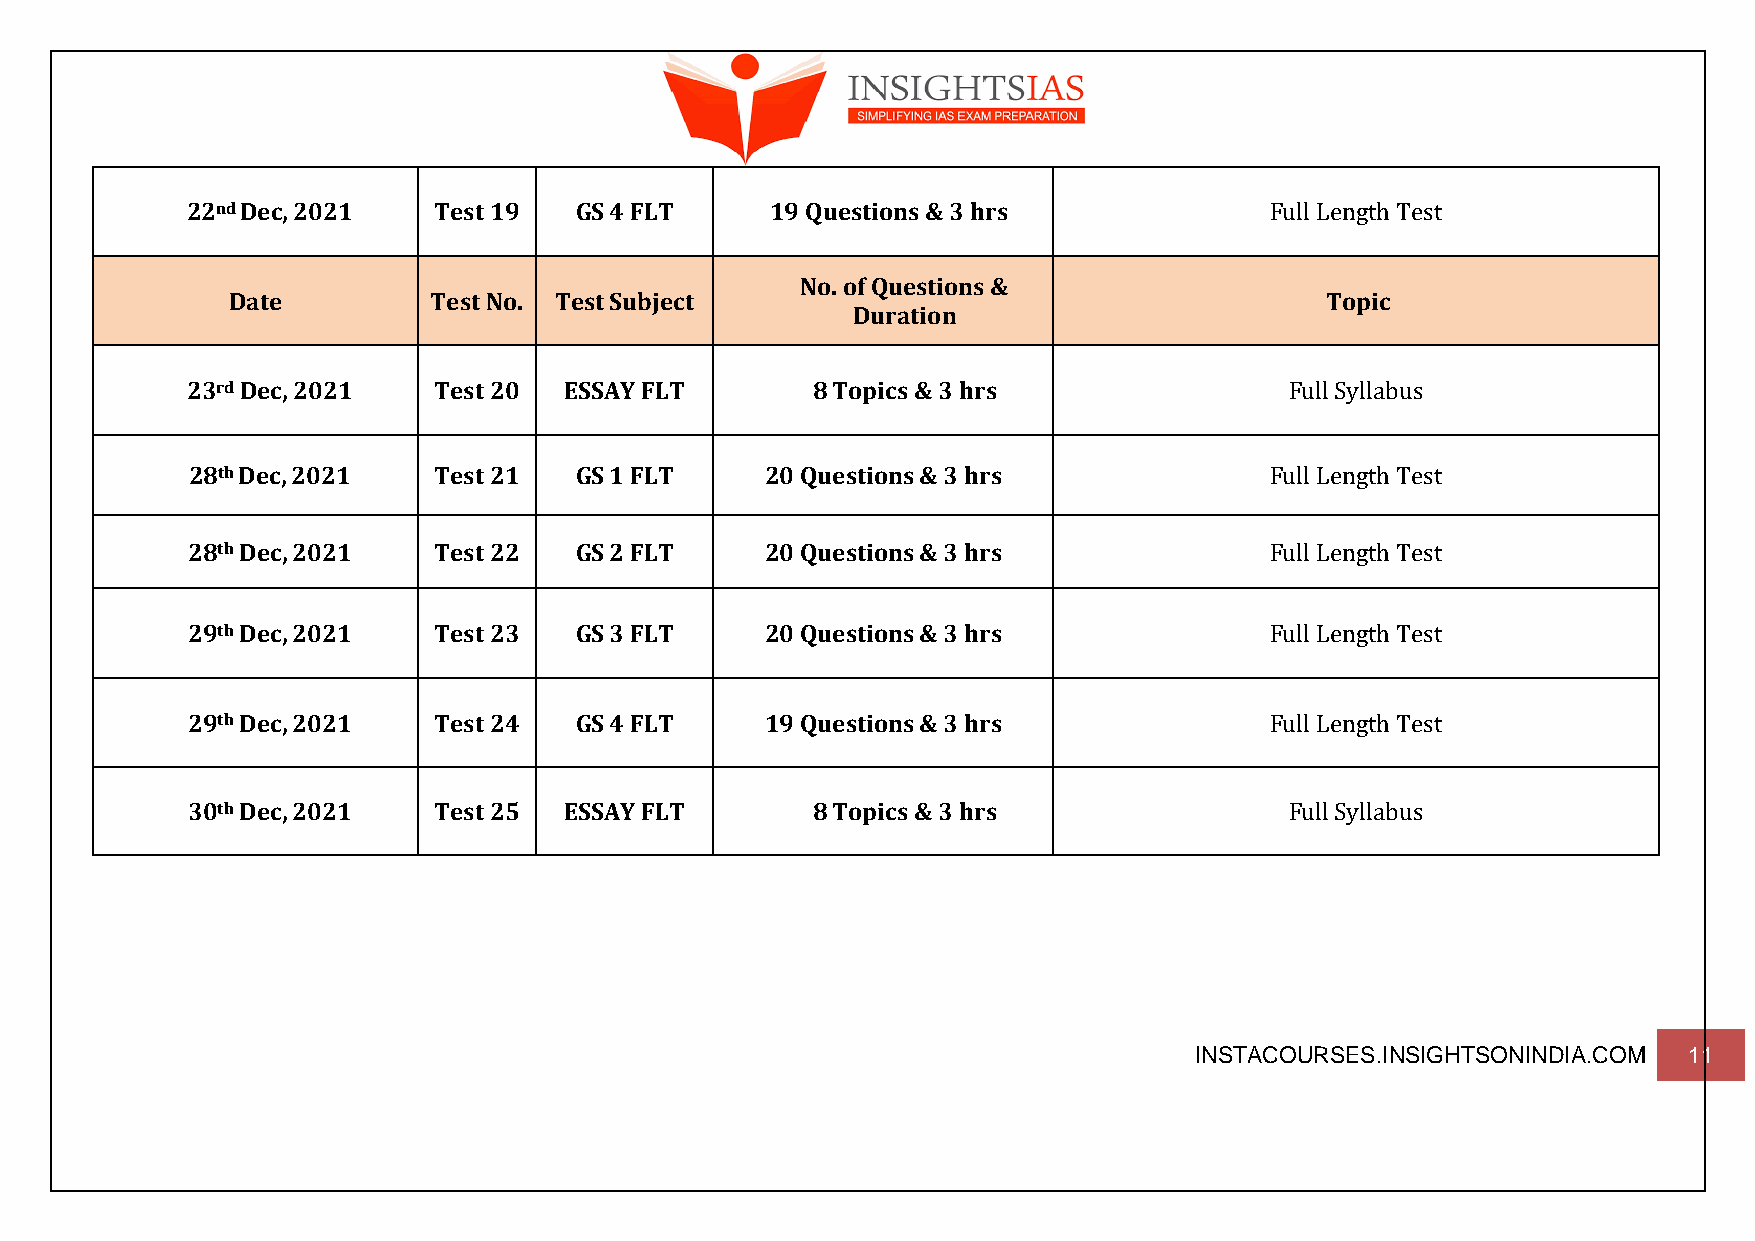
22nd Dec, 2021   Test 19  GS 4 FLT     19 Questions & 3 hrs             Full Length Test
 No. of Questions &
 Date         Test No. Test Subject                                       Topic
 Duration
 23rd Dec, 2021   Test 20 ESSAY FLT        8 Topics & 3 hrs               Full Syllabus
 28th Dec, 2021   Test 21  GS 1 FLT     20 Questions & 3 hrs             Full Length Test
 28th Dec, 2021   Test 22  GS 2 FLT     20 Questions & 3 hrs             Full Length Test
 29th Dec, 2021   Test 23  GS 3 FLT     20 Questions & 3 hrs             Full Length Test
 29th Dec, 2021   Test 24  GS 4 FLT     19 Questions & 3 hrs             Full Length Test
 30th Dec, 2021   Test 25 ESSAY FLT        8 Topics & 3 hrs               Full Syllabus
 INSTACOURSES.INSIGHTSONINDIA.COM 11